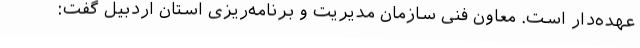
عهده‌دار است. معاون فنی سازمان مدیریت و برنامه‌ریزی استان اردبیل گفت: